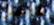
لمقتل